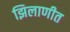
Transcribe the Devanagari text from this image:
झिलाणीत